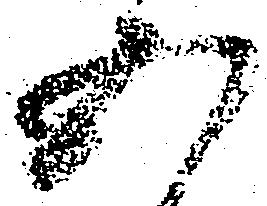
五